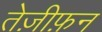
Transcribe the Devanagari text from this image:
तेज़ीफ़न